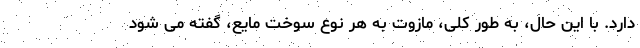
دارد. با این حال، به طور کلی، مازوت به هر نوع سوخت مایع، گفته می شود